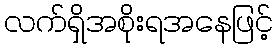
လက်ရှိအစိုးရအနေဖြင့်